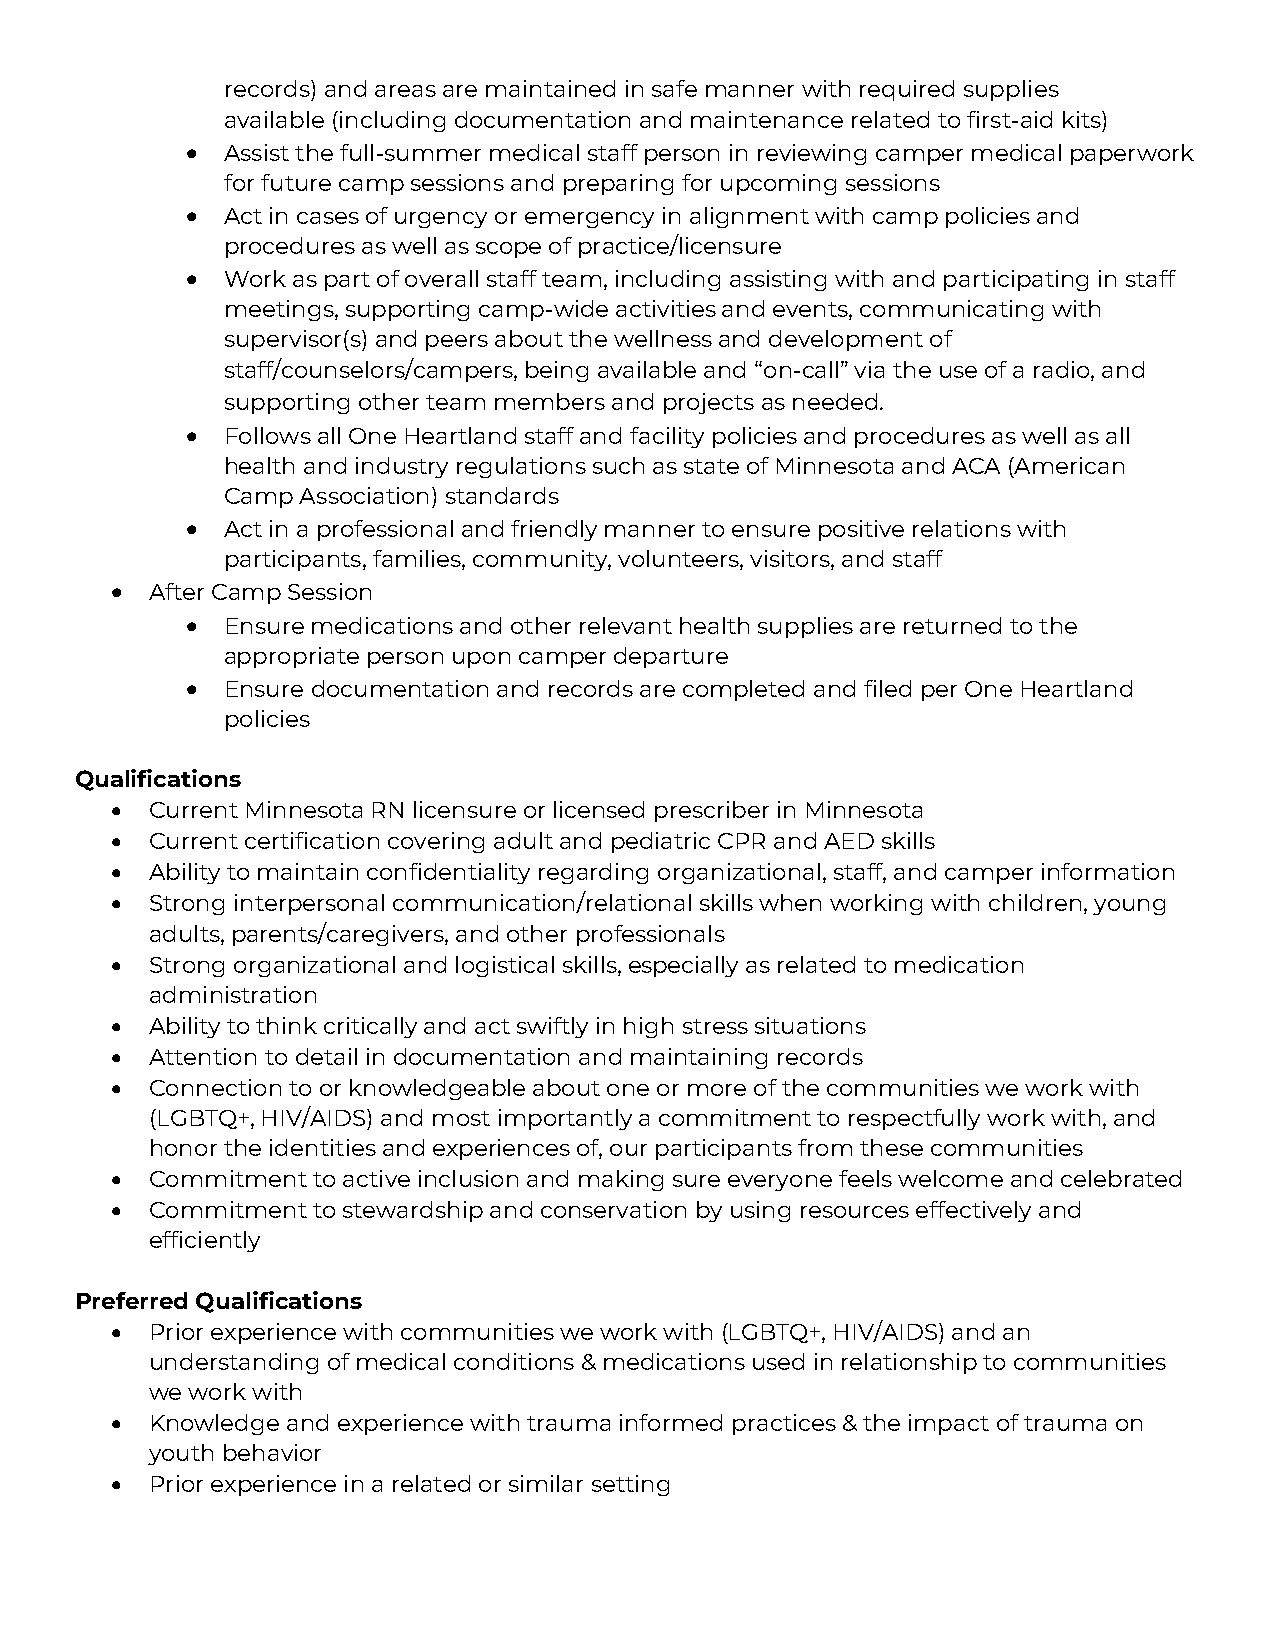
records) and areas are maintained in safe manner with required supplies
 available (including documentation and maintenance related to first-aid kits)
 •  Assist the full-summer medical staff person in reviewing camper medical paperwork
 for future camp sessions and preparing for upcoming sessions
 •  Act in cases of urgency or emergency in alignment with camp policies and
 procedures as well as scope of practice/licensure
 •  Work as part of overall staff team, including assisting with and participating in staff
 meetings, supporting camp-wide activities and events, communicating with
 supervisor(s) and peers about the wellness and development of
 staff/counselors/campers, being available and “on-call” via the use of a radio, and
 supporting other team members and projects as needed.
 •  Follows all One Heartland staff and facility policies and procedures as well as all
 health and industry regulations such as state of Minnesota and ACA (American
 Camp Association) standards
 •  Act in a professional and friendly manner to ensure positive relations with
 participants, families, community, volunteers, visitors, and staff
 •  After Camp Session
 •  Ensure medications and other relevant health supplies are returned to the
 appropriate person upon camper departure
 •  Ensure documentation and records are completed and filed per One Heartland
 policies
 Qualifications
 •  Current Minnesota RN licensure or licensed prescriber in Minnesota
 •  Current certification covering adult and pediatric CPR and AED skills
 •  Ability to maintain confidentiality regarding organizational, staff, and camper information
 •  Strong interpersonal communication/relational skills when working with children, young
 adults, parents/caregivers, and other professionals
 •  Strong organizational and logistical skills, especially as related to medication
 administration
 •  Ability to think critically and act swiftly in high stress situations
 •  Attention to detail in documentation and maintaining records
 •  Connection to or knowledgeable about one or more of the communities we work with
 (LGBTQ+, HIV/AIDS) and most importantly a commitment to respectfully work with, and
 honor the identities and experiences of, our participants from these communities
 •  Commitment to active inclusion and making sure everyone feels welcome and celebrated
 •  Commitment to stewardship and conservation by using resources effectively and
 efficiently
 Preferred Qualifications
 •  Prior experience with communities we work with (LGBTQ+, HIV/AIDS) and an
 understanding of medical conditions & medications used in relationship to communities
 we work with
 •  Knowledge and experience with trauma informed practices & the impact of trauma on
 youth behavior
 •  Prior experience in a related or similar setting